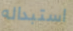
استبداله